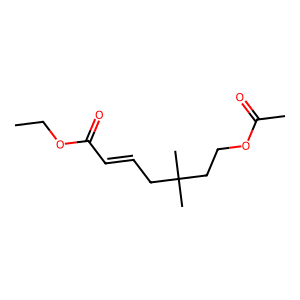
SMILES: CCOC(=O)C=CCC(C)(C)CCOC(C)=O
Inhibits HIV replication: No